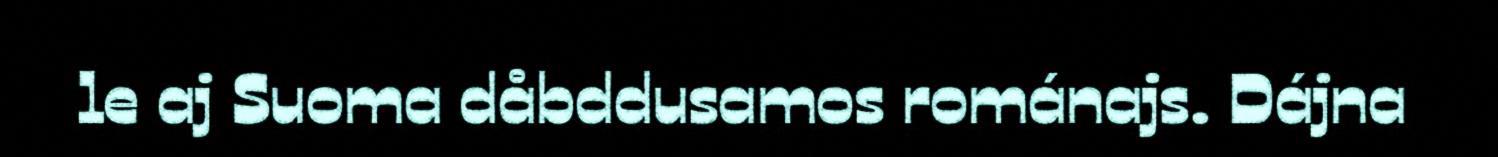
le aj Suoma dåbddusamos románajs. Dájna